Trukikaitis_Postimees, lk 33
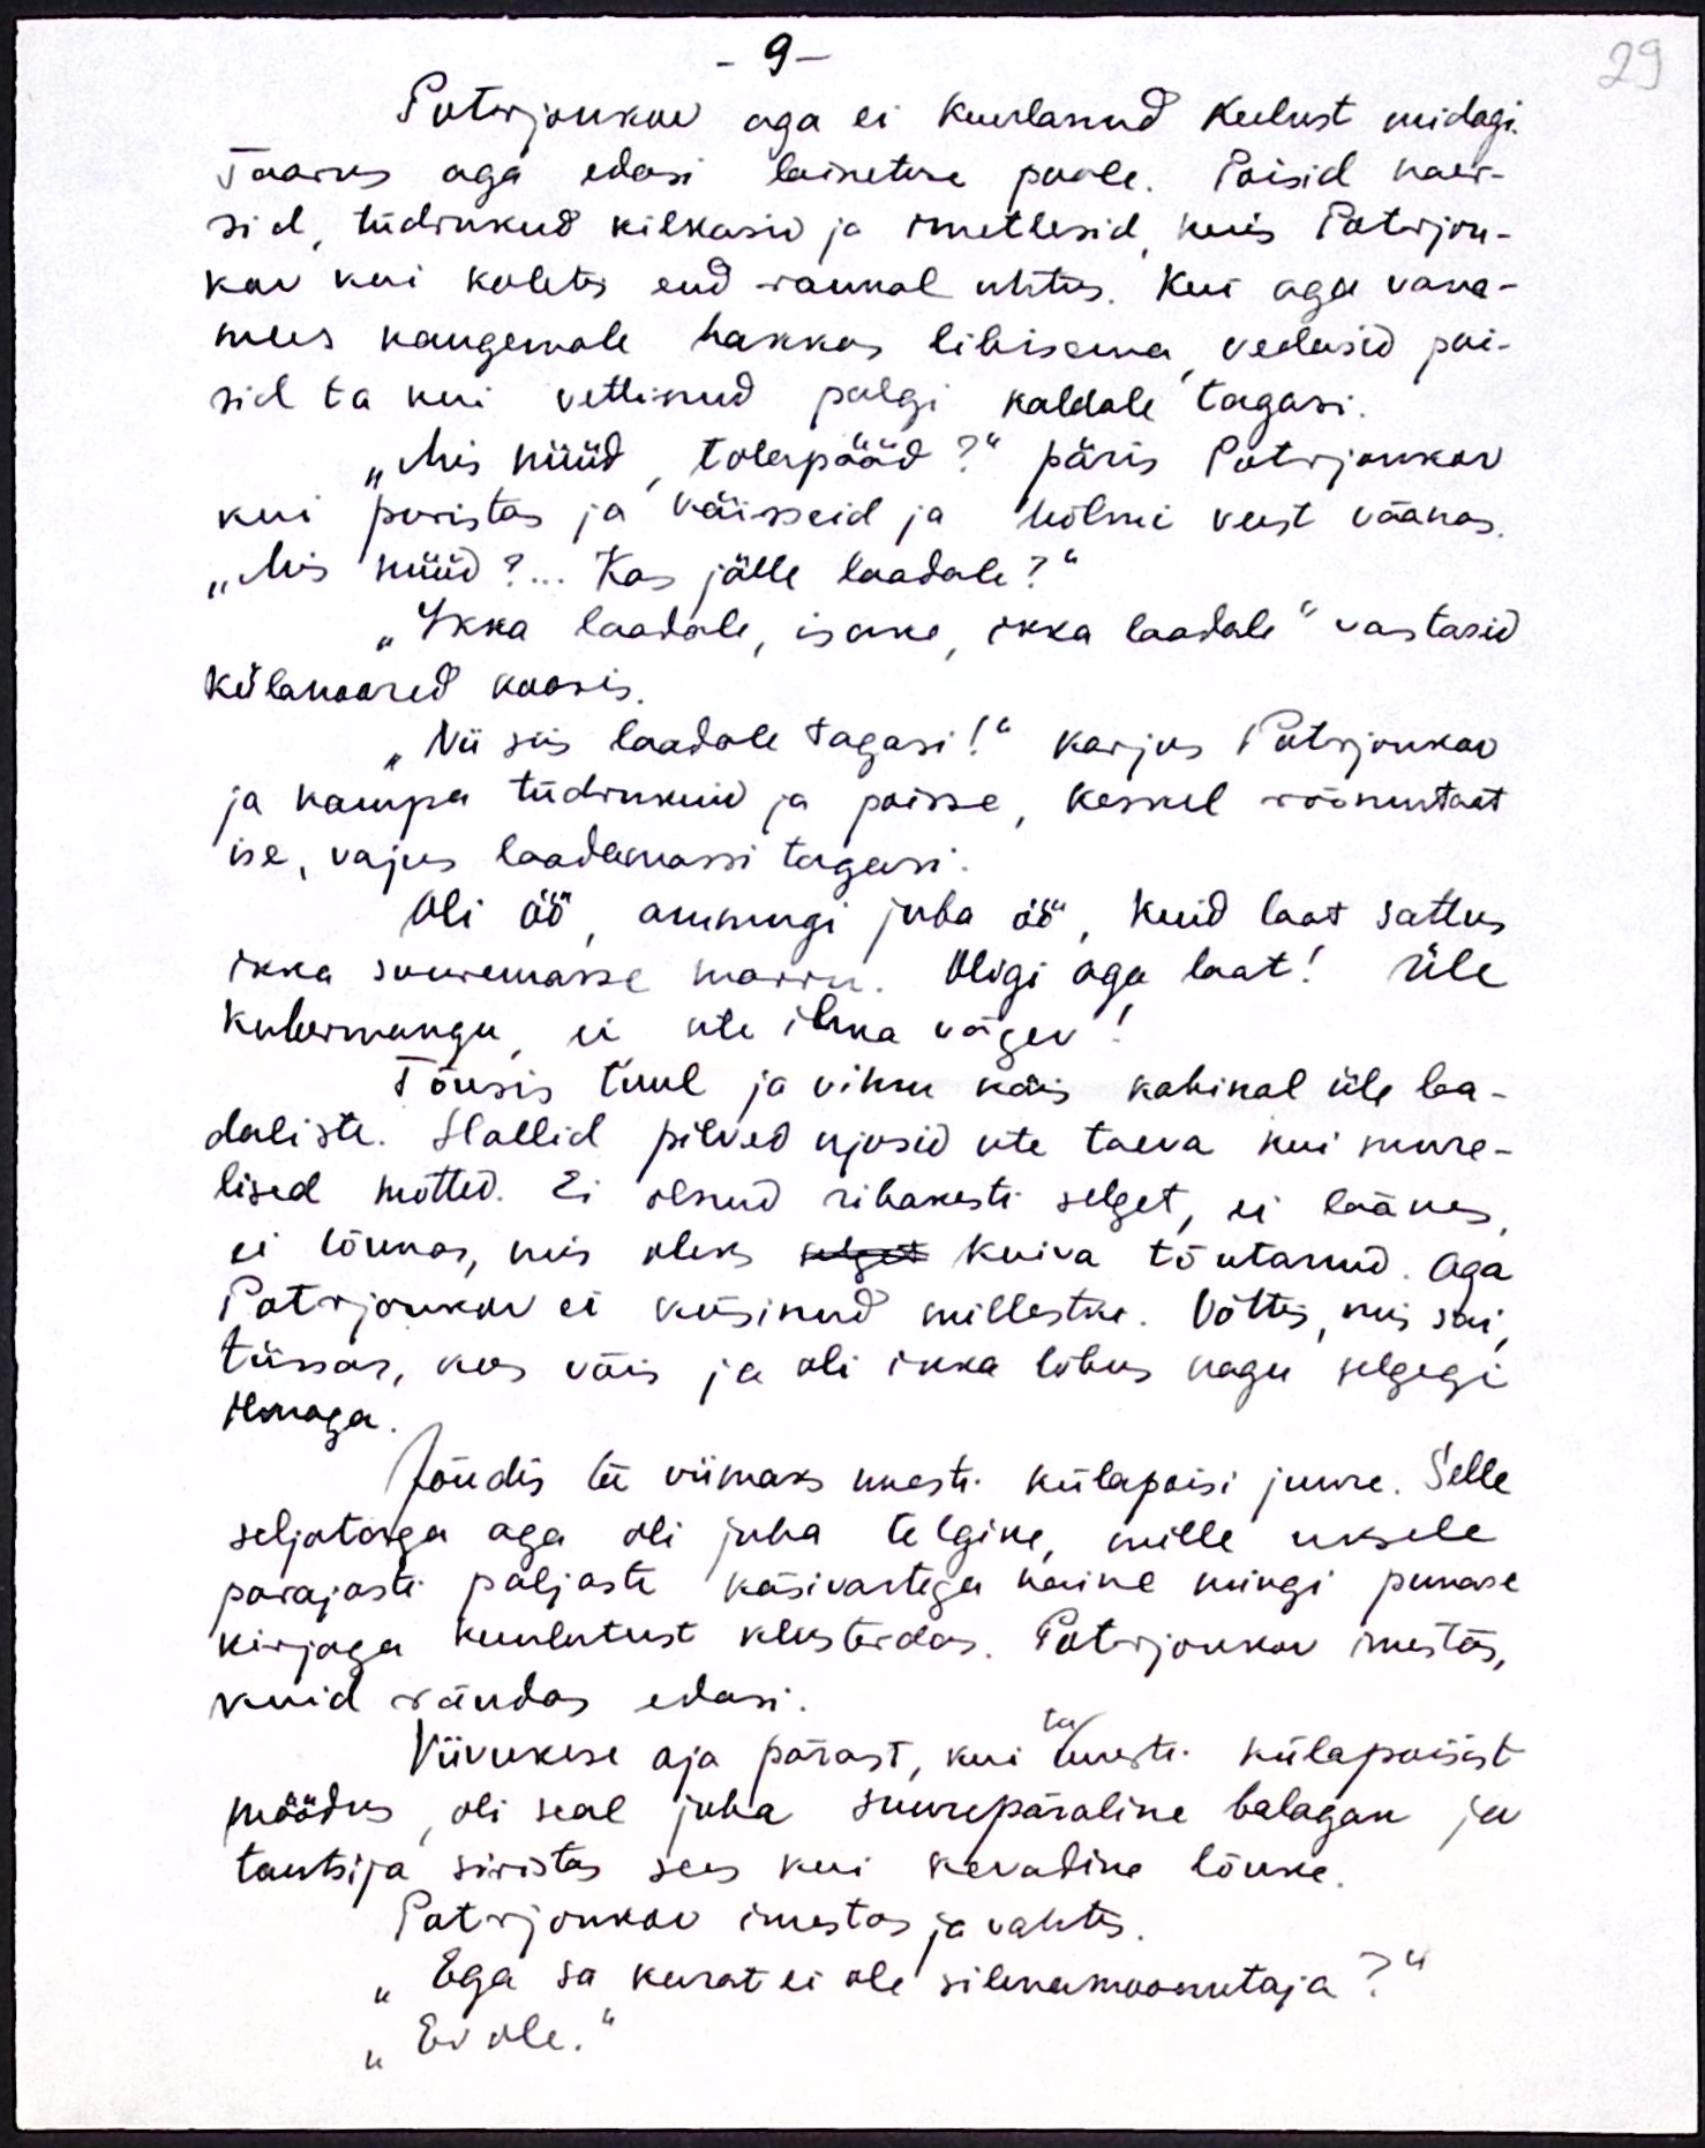
- 9 -
Protrjonkov aga ei kuulanud keelust midagi.
Taarus aga edasi lainetuse poole. Poisid naer-
sid, tüdrukud kilkasid ja imetlesid, kuis Potrjon-
kov kui koletis end rannal uhtus. Kui aga vana-
mees kaugemale hakkas libisema vedasid poi-
sid ta kui vettinud palgi kaldale tagasi.
"Mis nüüd, tolapääd?" päris Potrjonkov
kui puristas ja käisseid ja hõlmi veest väänas.
"Mis nüüd?... Kas jälle laadale?“
"Ikka laadale, isake ikka laadale" vastasid
külanoored kooris
"Nii siis laadale tagasi!" karjus Potrjonkov
ja kampa tüdrukuid ja poisse, keskel rõõmustaat
ise, vajus laadamassi tagasi.
Oli öö, ammugi juba öö, kuid laat sattus
ikka suuremasse marru. Oligi aga laat! Üle
kubermangu ei üle ilma vägev
Tõusis tuul ja vihm käis kahinal üle laa-
daliste. Hallid pilved ujusid üle taeva kui mure-
lised mõtted. Ei olnud ribakesti selget, ei läänes
ei lõunas, mis oleks selget kuiva tõutanud. Aga
Potrjonkov ei küsinud millestki. Võttis, mis sai
tüssas, kus võis ja oli ikka lõbus nagu selgegi
ilmaga.
Jõudis ta viimaks uuesti külapoisi juure. Selle
seljataga aga oli juba telgike, mille uksele
parajasti paljaste käsivartega naine mingi punase
kirjaga kuulutust kliisterdas. Potrjonkov imestas,
kuid rändas edasi.
ta
Viivukese aja pärast, kui uuesti külapoisist
möödus, oli seal juba suurepäraline balagan ja
tantsija siristas sees kui kevaline lõuke.
Potrjonkov imestas ja vahtis
„Ega sa kurat ei ole silmamoonutaja?“
„Ei ole.

29